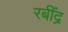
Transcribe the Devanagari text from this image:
रबींद्र